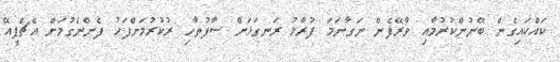
ކައްކައިގެން ބޭނުންކުރުމާއި ވާރޭފެން ނަގާނަމަ ފުރާޅު ރަނގަޅަށް ސާފުތާހި ރުކުރުމަށްފަހު ފެންނެގުމަށް އެޗްޕީއޭ